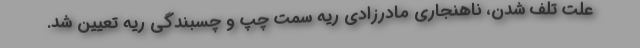
علت تلف شدن، ناهنجاری مادرزادی ریه سمت چپ و چسبندگی ریه تعیین شد.